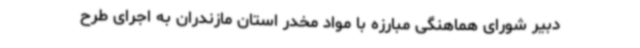
دبیر شورای هماهنگی مبارزه با مواد مخدر استان مازندران به اجرای طرح